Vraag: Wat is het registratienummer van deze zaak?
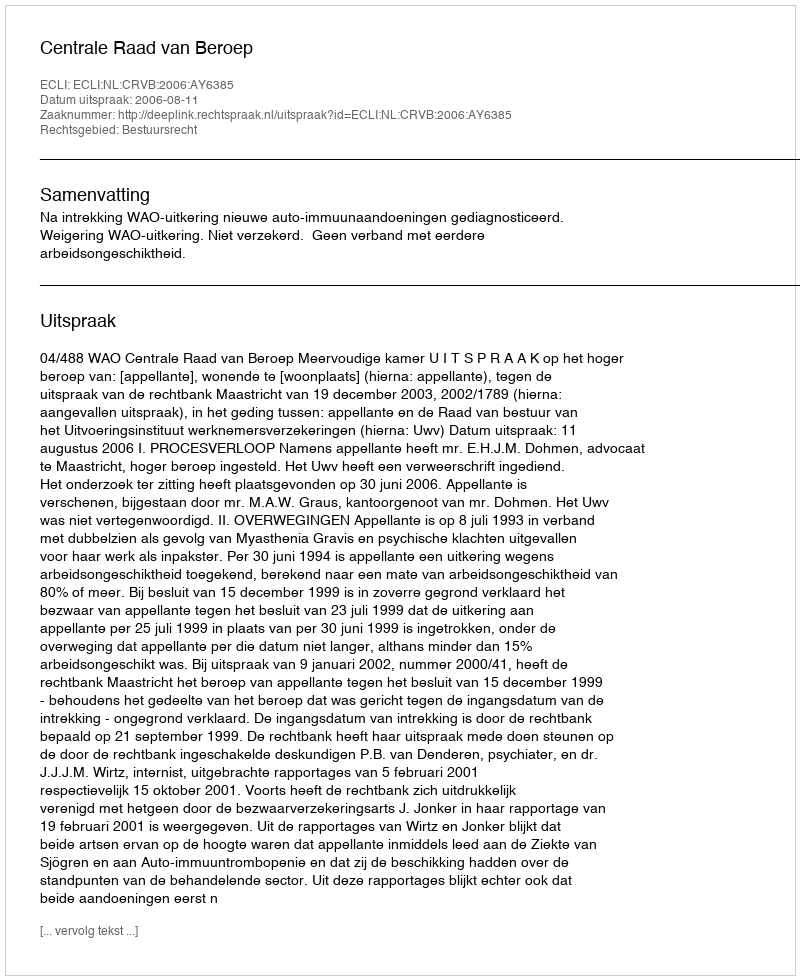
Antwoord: http://deeplink.rechtspraak.nl/uitspraak?id=ECLI:NL:CRVB:2006:AY6385